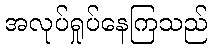
အလုပ်ရှုပ်နေကြသည်